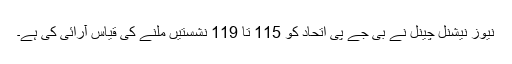
نیوز نیشنل چینل نے بی جے پی اتحاد کو 115 تا 119 نشستیں ملنے کی قیاس آرائی کی ہے۔